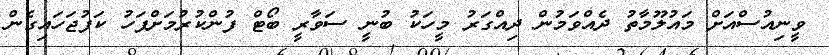
ވީނިއުސްއަށް މައުލޫމާތު ދެއްވަމުން ދިއްގަރު މީހަކު ބުނީ ސަވާރީ ބޯޓް ފުންކުރުމަށްފަހު ކަފުޖަހައިގެން